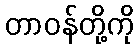
တာဝန်တို့ကို